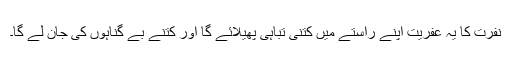
نفرت کا یہ عفریت اپنے راستے میں کتنی تباہی پھیلائے گا اور کتنے بے گناہوں کی جان لے گا۔